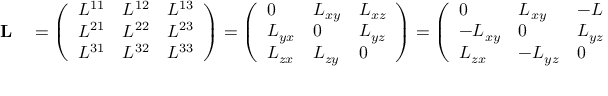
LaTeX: \begin{array} { r l } { \mathbf { L } } & { { } = { \left( \begin{array} { l l l } { L ^ { 1 1 } } & { L ^ { 1 2 } } & { L ^ { 1 3 } } \\ { L ^ { 2 1 } } & { L ^ { 2 2 } } & { L ^ { 2 3 } } \\ { L ^ { 3 1 } } & { L ^ { 3 2 } } & { L ^ { 3 3 } } \end{array} \right) } = { \left( \begin{array} { l l l } { 0 } & { L _ { x y } } & { L _ { x z } } \\ { L _ { y x } } & { 0 } & { L _ { y z } } \\ { L _ { z x } } & { L _ { z y } } & { 0 } \end{array} \right) } = { \left( \begin{array} { l l l } { 0 } & { L _ { x y } } & { - L _ { z x } } \\ { - L _ { x y } } & { 0 } & { L _ { y z } } \\ { L _ { z x } } & { - L _ { y z } } & { 0 } \end{array} \right) } } \end{array}